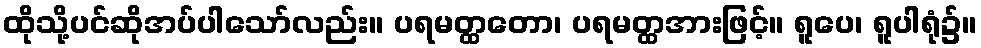
ထိုသို့ပင်ဆိုအပ်ပါသော်လည်း။ ပရမတ္ထတော၊ ပရမတ္ထအားဖြင့်။ ရူပေ၊ ရူပါရုံ၌။